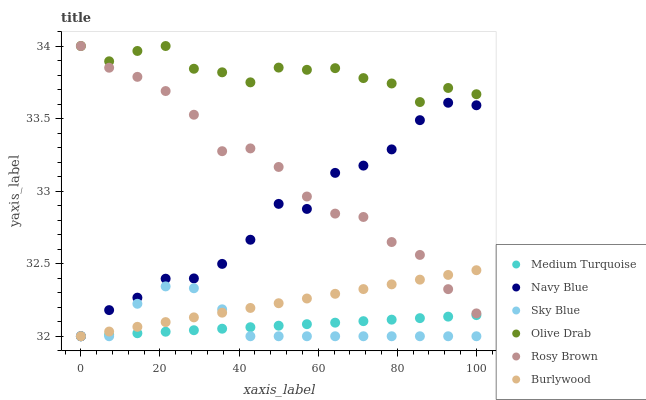
| xaxis_label | Medium Turquoise | Navy Blue | Sky Blue | Olive Drab | Rosy Brown | Burlywood |
 | --- | --- | --- | --- | --- | --- | --- |
 | 0 | 32 | 32 | 32 | 34 | 34 | 32 |
 | 7.14 | 32 | 32.2 | 32 | 33.9 | 33.9 | 32 |
 | 14.3 | 32 | 32.3 | 32.2 | 34 | 33.8 | 32.1 |
 | 21.4 | 32 | 32.4 | 32.3 | 34 | 33.7 | 32.1 |
 | 28.6 | 32 | 32.4 | 32.3 | 33.8 | 33.5 | 32.1 |
 | 35.7 | 32.1 | 32.5 | 32.2 | 33.8 | 33.3 | 32.2 |
 | 42.9 | 32.1 | 32.7 | 32 | 33.7 | 33.3 | 32.2 |
 | 50 | 32.1 | 32.9 | 32 | 33.9 | 33.2 | 32.2 |
 | 57.1 | 32.1 | 32.9 | 32 | 33.8 | 33 | 32.3 |
 | 64.3 | 32.1 | 33.1 | 32 | 33.8 | 32.8 | 32.3 |
 | 71.4 | 32.1 | 33.2 | 32 | 33.8 | 32.8 | 32.3 |
 | 78.6 | 32.1 | 33.3 | 32 | 33.7 | 32.6 | 32.4 |
 | 85.7 | 32.1 | 33.5 | 32 | 33.6 | 32.6 | 32.4 |
 | 92.9 | 32.1 | 33.6 | 32 | 33.7 | 32.3 | 32.4 |
 | 100 | 32.1 | 33.6 | 32 | 33.7 | 32.2 | 32.5 |